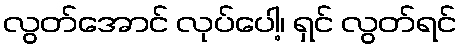
လွတ်အောင် လုပ်ပေါ့၊ ရှင် လွတ်ရင်